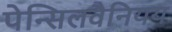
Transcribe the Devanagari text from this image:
पेन्सिलवैनियय